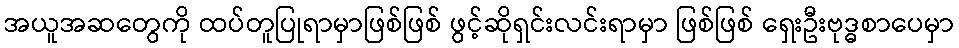
အယူအဆတွေကို ထပ်တူပြုရာမှာဖြစ်ဖြစ် ဖွင့်ဆိုရှင်းလင်းရာမှာ ဖြစ်ဖြစ် ရှေးဦးဗုဒ္ဓစာပေမှာ